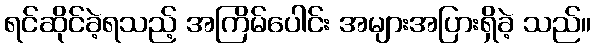
ရင်ဆိုင်ခဲ့ရသည့် အကြိမ်ပေါင်း အများအပြားရှိခဲ့ သည်။